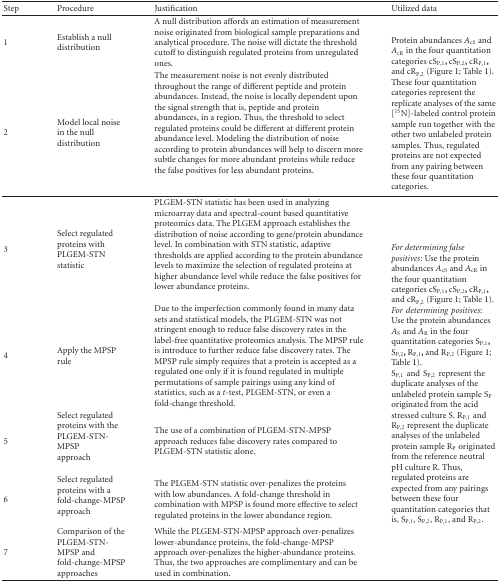
<table><thead><tr><td><b>Step</b></td><td><b>Procedure</b></td><td><b>Justification</b></td><td><b>Utilized data</b></td></tr></thead><tbody><tr><td>1</td><td>Establish a null distribution</td><td>A null distribution affords an estimation of measurement noise originated from biological sample preparations and analytical procedure. The noise will dictate the threshold cutoff to distinguish regulated proteins from unregulated ones.</td><td rowspan="2">Protein abundances <i>A</i><sub>cS</sub> and <i>A</i><sub>cR</sub> in the four quantitation categories cS<sub>P,1</sub>, cS<sub>P,2</sub>, cR<sub>P,1</sub>, and cR<sub>P,2</sub> (Figure 1; Table 1). These four quantitation categories represent the replicate analyses of the same [<sup>15</sup>N]-labeled control protein sample run together with the other two unlabeled protein samples. Thus, regulated proteins are not expected from any pairing between these four quantitation categories.</td></tr><tr><td>2</td><td>Model local noise in the null distribution</td><td>The measurement noise is not evenly distributed throughout the range of different peptide and protein abundances. Instead, the noise is locally dependent upon the signal strength that is, peptide and protein abundances, in a region. Thus, the threshold to select regulated proteins could be different at different protein abundance level. Modeling the distribution of noise according to protein abundances will help to discern more subtle changes for more abundant proteins while reduce the false positives for less abundant proteins. </td></tr><tr><td>3</td><td>Select regulated proteins with PLGEM-STN statistic</td><td>PLGEM-STN statistic has been used in analyzing microarray data and spectral-count based quantitative proteomics data. The PLGEM approach establishes the distribution of noise according to gene/protein abundance level. In combination with STN statistic, adaptive thresholds are applied according to the protein abundance levels to maximize the selection of regulated proteins at higher abundance level while reduce the false positives for lower abundance proteins. </td><td rowspan="5"><i>For determining false positives</i>: Use the protein abundances <i>A</i><sub>cS</sub> and <i>A</i><sub>cR</sub> in the four quantitation categories cS<sub>P,1</sub>, cS<sub>P,2</sub>, cR<sub>P,1</sub>, and cR<sub>P,2</sub> (Figure 1; Table 1). <i>Fordeterminingpositives</i>: Use the protein abundances <i>A</i><sub>S</sub> and <i>A</i><sub>R</sub> in the four quantitation categories S<sub>P,1</sub>, S<sub>P,2</sub>, R<sub>P,1</sub>, and R<sub>P,2</sub> (Figure 1; Table 1). S<sub>P,1</sub>andS<sub>P,2</sub>represent the duplicate analyses of the unlabeled protein sample S<sub>P</sub> originated from the acid stressed culture S. R<sub>P,1</sub> and R<sub>P,2</sub> represent the duplicate analyses of the unlabeled protein sample R<sub>P</sub> originated from the reference neutral pH culture R. Thus, regulated proteins are expected from any pairings between these four quantitation categories that is, S<sub>P,1</sub>, S<sub>P,2</sub>, R<sub>P,1</sub>, and R<sub>P,2</sub>.</td></tr><tr><td>4</td><td>Apply the MPSP rule</td><td>Due to the imperfection commonly found in many data sets and statistical models, the PLGEM-STN was not stringent enough to reduce false discovery rates in the label-free quantitative proteomics analysis. The MPSP rule is introduce to further reduce false discovery rates. The MPSP rule simply requires that a protein is accepted as a regulated one only if it is found regulated in multiple permutations of sample pairings using any kind of statistics, such as a <i>t</i>-test, PLGEM-STN, or even a fold-change threshold.</td></tr><tr><td>5</td><td>Select regulated proteins with the PLGEM-STN-MPSP approach</td><td>The use of a combination of PLGEM-STN-MPSP approach reduces false discovery rates compared to PLGEM-STN statistic alone.</td></tr><tr><td>6</td><td>Select regulated proteins with a fold-change-MPSP approach</td><td>The PLGEM-STN statistic over-penalizes the proteins with low abundances. A fold-change threshold in combination with MPSP is found more effective to select regulated proteins in the lower abundance region.</td></tr><tr><td>7</td><td>Comparison of the PLGEM-STN-MPSP and fold-change-MPSP approaches</td><td>While the PLGEM-STN-MPSP approach over-penalizes lower-abundance proteins, the fold-change-MPSP approach over-penalizes the higher-abundance proteins. Thus, the two approaches are complimentary and can be used in combination.</td></tr></tbody></table>